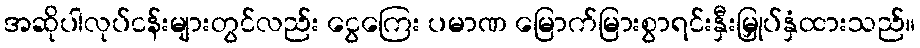
အဆိုပါလုပ်ငန်းများတွင်လည်း ငွေကြေး ပမာဏ မြောက်မြားစွာရင်းနှီးမြှုပ်နှံထားသည်။